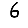
Digit: 6